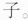
子。